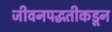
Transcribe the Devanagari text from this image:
जीवनपद्धतीकडून